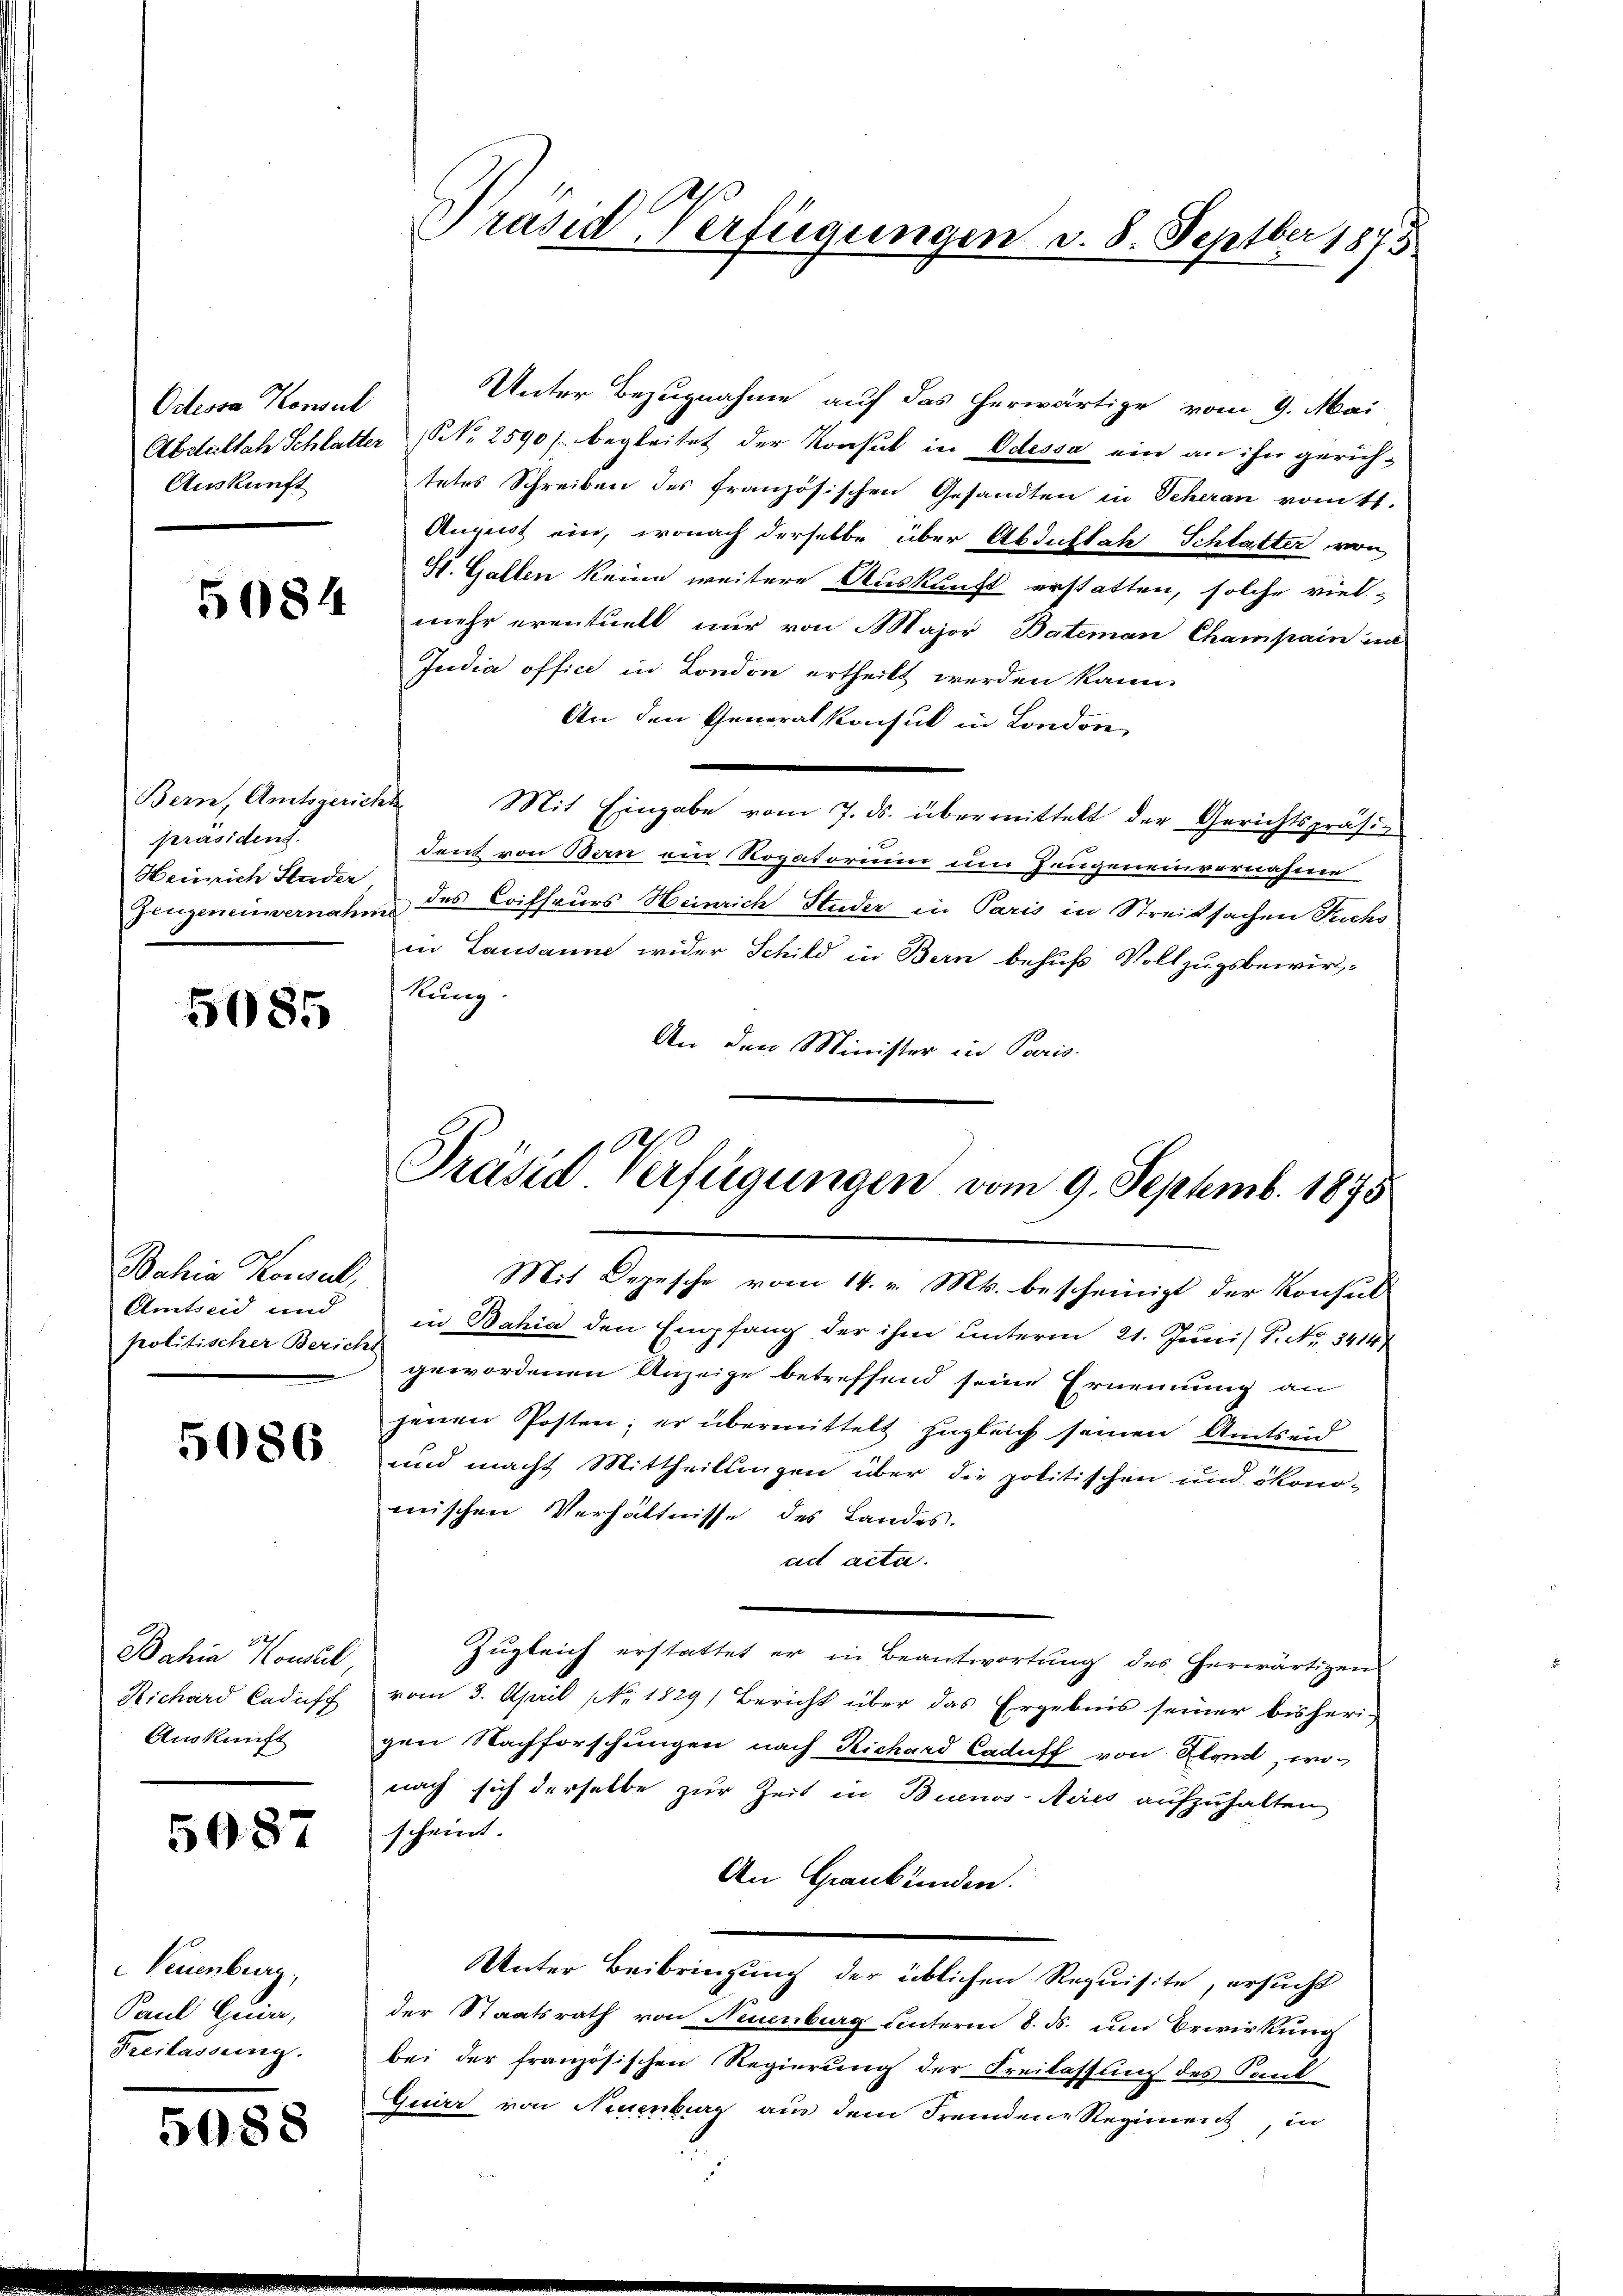
Odessa Konsul
Auskunft

5084

Bern, Amtsgericht
präsident.
Zeugeneinvernahms

5085

Bahia Konsul,
Amtseid und
politischer Bericht

5086

Bahia Konsul
Richard Caduff
Auskunft

5087

Neuenburg,
Paul Quirr,
Freilassung.

5088

Präsid Verfügungen d. 8. Septber 1875.

Unter Bezugnahme auf das herwärtige vom 9. Mai
Abdiltah Schlatter (N. 2590 f. begleitet der Konsul in Odessa ein an ihn gerichtetes Schreiben des französischen Gesandten in Scheran vom 11.
August ein, wonach derselbe über Abdillat Schlatter von
H. Gallen keine weitere Auskunft erstatten, solche viel-
mehr eventuell nur von Major Boteman Champain in
Judia offici in London ertheilt werden kann.
An den Generalkonsul in London,
Mit Eingabe vom 7. ds. übermittelt der Gerichtspräsident von Bern ein Rogatorium um Zeugeneinvernahme
Heinrich Studer, des Coiffeurs Heinrich Studer in Paris in Streitsachen Fuchs
in Lausanne wider Schild in Bern behufs Vollzugsbewirkung.
An den Minister in Paris.

Präsid. Verfügungen vom 9. Septemb. 1875

Mit Depesche vom 14. v. Mts. bescheinigt der Konsul
in Bahia den Empfang der ihm unterm 21. Juni, P. Nr. 3414
gewordenen Anzeige betreffend seine Ernennung an
jenen Posten; er übermittelt zugleich seinen Amtseid
und macht Mittheilungen über die politischen und ökono-
mischen Verhältnisse des Landes.
ciet acta.
zugleich erstattet er in Beantwortung des herwärtigen
vom 3. April No. 1829) Bericht über das Ergebnis seiner bisherigen Nachforschungen nach Richard Caduff von Stand, wo-
nach sich derselbe zur Zeit in Buenos-Aires aufzuhalten
scheint
An Graubünden.
Unter Beibringung der üblichen Requisite, ersucht
der Staatsrath von Neuenburg unterm 8. ds. um Erwirkung
bei der französischen Regierung der Freilassung des Sant
Guirr von Neuenburg aus dem Fremdene Regiment, in